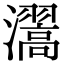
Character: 瀥